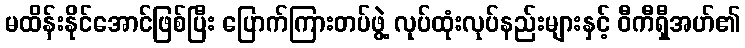
မထိန်းနိုင်အောင်ဖြစ်ပြီး ပြောက်ကြားတပ်ဖွဲ့ လုပ်ထုံးလုပ်နည်းများနှင့် ဝီကီရှီအဟ်၏